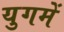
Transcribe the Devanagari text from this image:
युगमें